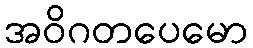
အဝိဂတပေမော